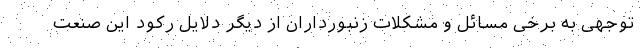
‌توجهی به برخی مسائل و مشکلات زنبورداران از دیگر دلایل رکود این صنعت